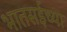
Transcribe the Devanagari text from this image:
भातसईच्या